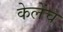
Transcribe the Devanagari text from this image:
केलेंच